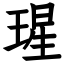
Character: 瑆